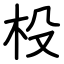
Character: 杸